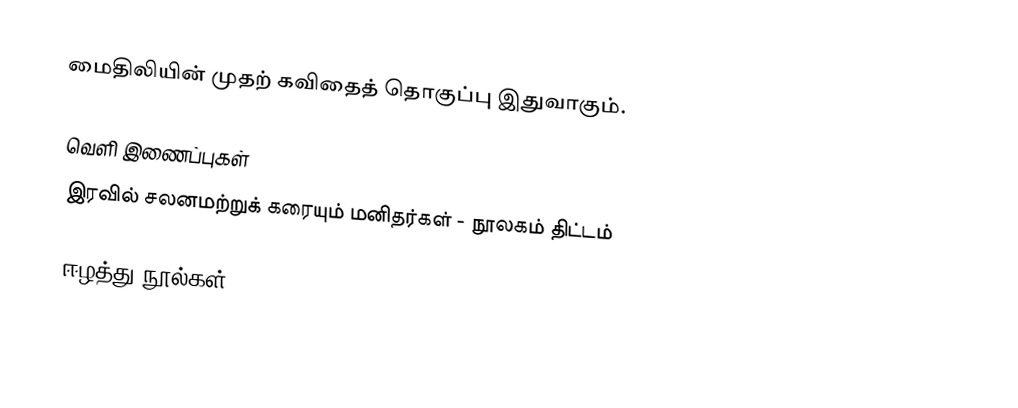
மைதிலியின் முதற் கவிதைத் தொகுப்பு இதுவாகும்.

வெளி இணைப்புகள்
 இரவில் சலனமற்றுக் கரையும் மனிதர்கள் - நூலகம் திட்டம்

ஈழத்து நூல்கள்